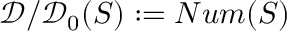
{ \mathcal { D } } / { \mathcal { D } } _ { 0 } ( S ) : = N u m ( S )